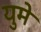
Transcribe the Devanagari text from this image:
युमे